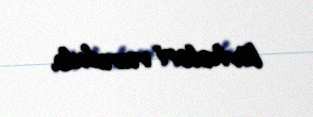
lövhələri vurulub.